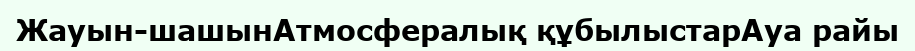
Жауын-шашынАтмосфералық құбылыстарАуа райы